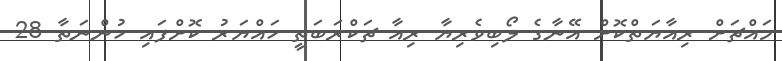
މައްޗަށް ރިއާޔަތްކޮށް އޭނާގެ ލޯބިވެރިޔާ ރިއާ ޗަކްރަބަތީ ހައްޔަރު ކޮށްފައި ހުންނަތާ 28